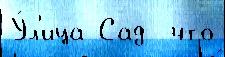
У́л'ица Сад  что